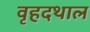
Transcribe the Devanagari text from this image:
वृहदथाल